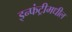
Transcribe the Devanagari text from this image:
इन्फंट्रीमधील